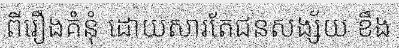
ពីរឿងគំនុំ ដោយសារតែជនសង្ស័យ ខឹង